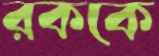
রককে